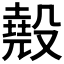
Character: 𣫁